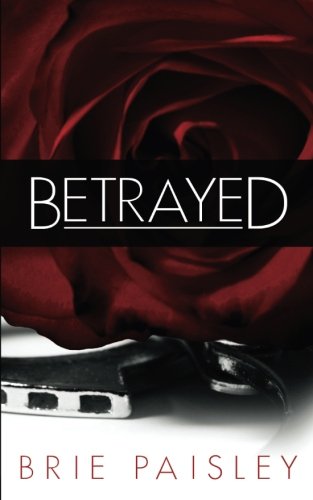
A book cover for Betrayed (Worshipped Series) (Volume 2); Mrs. Brie Paisley; Romance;